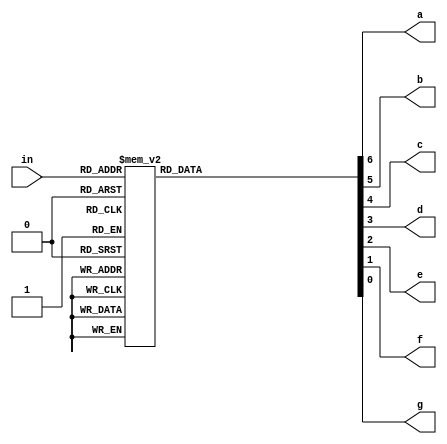
// Christopher Hays
// ECE 176 Fall 14
// Assignment 12
// Seven segment display controller


module sevensegment(in, a, b, c, d, e, f, g);
  
  input [2:0] in;
  output a, b, c, d, e, f, g;
  
  reg [6:0] out;
  always @(*)begin
    case (in)
      3'b000 : out = 7'b1111110;
      3'b001 : out = 7'b0110000;
      3'b010 : out = 7'b1101101;
      3'b011 : out = 7'b1111001;
      3'b100 : out = 7'b0110011;
      3'b101 : out = 7'b1011011;
      3'b110 : out = 7'b1011111;
      3'b111 : out = 7'b1110000;
      default : out = 7'b1001111;
    endcase
  end
  
  assign {a, b, c, d, e, f, g} = out;
  
endmodule